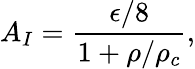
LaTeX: A_{I}=\frac{\epsilon/8}{1+\rho/\rho_{c}},